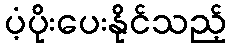
ပံ့ပိုးပေးနိုင်သည့်